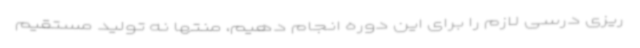
ریزی درسی لازم را برای این دوره انجام دهیم، منتها نه تولید مستقیم